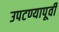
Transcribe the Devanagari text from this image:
उपटण्यापूर्वी